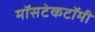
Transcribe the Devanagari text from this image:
मॉसटेकटॉमी